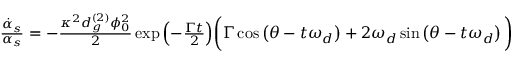
\begin{array} { r } { \frac { \dot { \alpha } _ { s } } { \alpha _ { s } } = - \frac { \kappa ^ { 2 } d _ { g } ^ { ( 2 ) } \phi _ { 0 } ^ { 2 } } { 2 } \exp { \left( - \frac { \Gamma t } { 2 } \right) } \bigg ( \Gamma \cos \left( \theta - t \omega _ { d } \right) + 2 \omega _ { d } \sin \left( \theta - t \omega _ { d } \right) \bigg ) } \end{array}